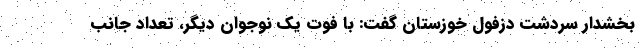
بخشدار سردشت دزفول خوزستان گفت: با فوت یک نوجوان دیگر، تعداد جانب